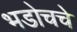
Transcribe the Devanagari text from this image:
भडोचचे